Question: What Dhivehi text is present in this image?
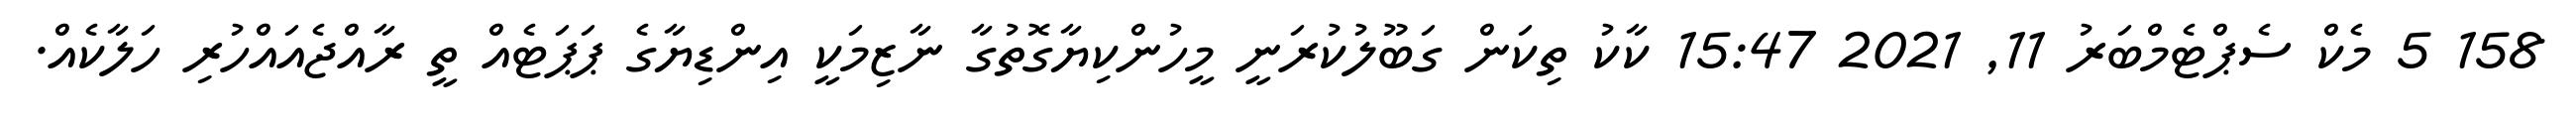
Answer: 158 5 މެކް ސެޕްޓެމްބަރު 11, 2021 15:47 ކާކު ތިކަން ގަބޫލުކުރަނީ މީހުންކިޔާގޮތުގާ ނާޒިމަކީ އިންޑިޔާގެ ޕަޕަޓެއް ތީ ރާއްޖެއައްހުރި ހަލާކެއް.